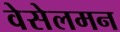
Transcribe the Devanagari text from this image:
वेसेलमन